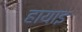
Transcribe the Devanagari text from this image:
हायाइ